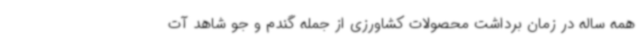
همه ساله در زمان برداشت محصولات کشاورزی از جمله گندم و جو شاهد آت